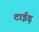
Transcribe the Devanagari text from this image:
टाईड़